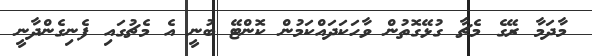
މާދަމާ ރޭގެ މެޗާ ގުޅޭގޮތުން ވާހަކަދައްކަމުން ކޮންޓޭ ބުނީ އެ މެޗުގައި ފެނިގެންދާނީ